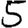
Digit: 5